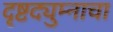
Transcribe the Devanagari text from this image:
दृष्टद्युम्नाचा